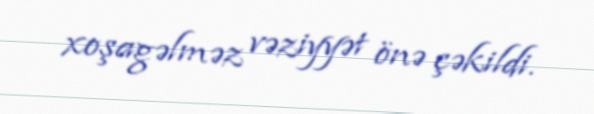
xoşagəlməz vəziyyət önə çəkildi.